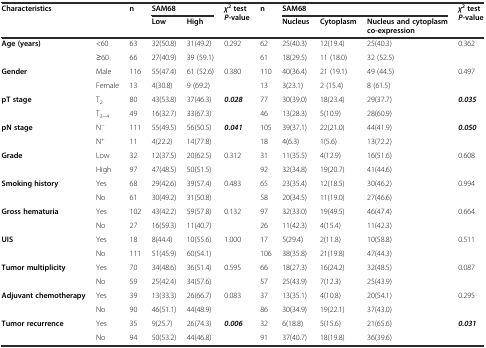
<table><thead><tr><td rowspan="2" colspan="2"><b>Characteristics</b></td><td rowspan="2"><b>n</b></td><td colspan="2"><b>SAM68</b></td><td rowspan="2"><b><i>χ</i><sup>2</sup>test<i>P</i>-value</b></td><td rowspan="2"><b>n</b></td><td colspan="3"><b>SAM68</b></td><td rowspan="2"><b><i>χ</i><sup>2</sup>test<i>P</i>-value</b></td></tr><tr><td><b>Low</b></td><td><b>High</b></td><td><b>Nucleus</b></td><td><b>Cytoplasm</b></td><td><b>Nucleus and cytoplasm co-expression</b></td></tr></thead><tbody><tr><td rowspan="2"><b>Age (years)</b></td><td>&lt;60</td><td>63</td><td>32(50.8)</td><td>31(49.2)</td><td rowspan="2">0.292</td><td>62</td><td>25(40.3)</td><td>12(19.4)</td><td>25(40.3)</td><td rowspan="2">0.362</td></tr><tr><td>≥60</td><td>66</td><td>27(40.9)</td><td>39 (59.1)</td><td>61</td><td>18(29.5)</td><td>11 (18.0)</td><td>32 (52.5)</td></tr><tr><td rowspan="2"><b>Gender</b></td><td>Male</td><td>116</td><td>55(47.4)</td><td>61 (52.6)</td><td rowspan="2">0.380</td><td>110</td><td>40(36.4)</td><td>21 (19.1)</td><td>49 (44.5)</td><td rowspan="2">0.497</td></tr><tr><td>Female</td><td>13</td><td>4(30.8)</td><td>9 (69.2)</td><td>13</td><td>3(23.1)</td><td>2 (15.4)</td><td>8 (61.5)</td></tr><tr><td rowspan="2"><b>pT stage</b></td><td>T<sub>2</sub></td><td>80</td><td>43(53.8)</td><td>37(46.3)</td><td rowspan="2"><b><i>0.028</i></b></td><td>77</td><td>30(39.0)</td><td>18(23.4)</td><td>29(37.7)</td><td rowspan="2"><b><i>0.035</i></b></td></tr><tr><td>T<sub>3~4</sub></td><td>49</td><td>16(32.7)</td><td>33(67.3)</td><td>46</td><td>13(28.3)</td><td>5(10.9)</td><td>28(60.9)</td></tr><tr><td rowspan="2"><b>pN stage</b></td><td>N<sup>−</sup></td><td>111</td><td>55(49.5)</td><td>56(50.5)</td><td rowspan="2"><b><i>0.041</i></b></td><td>105</td><td>39(37.1)</td><td>22(21.0)</td><td>44(41.9)</td><td rowspan="2"><b><i>0.050</i></b></td></tr><tr><td>N<sup>+</sup></td><td>11</td><td>4(22.2)</td><td>14(77.8)</td><td>18</td><td>4(6.3)</td><td>1(5.6)</td><td>13(72.2)</td></tr><tr><td rowspan="2"><b>Grade</b></td><td>Low</td><td>32</td><td>12(37.5)</td><td>20(62.5)</td><td rowspan="2">0.312</td><td>31</td><td>11(35.5)</td><td>4(12.9)</td><td>16(51.6)</td><td rowspan="2">0.608</td></tr><tr><td>High</td><td>97</td><td>47(48.5)</td><td>50(51.5)</td><td>92</td><td>32(34.8)</td><td>19(20.7)</td><td>41(44.6)</td></tr><tr><td rowspan="2"><b>Smoking history</b></td><td>Yes</td><td>68</td><td>29(42.6)</td><td>39(57.4)</td><td rowspan="2">0.483</td><td>65</td><td>23(35.4)</td><td>12(18.5)</td><td>30(46.2)</td><td rowspan="2">0.994</td></tr><tr><td>No</td><td>61</td><td>30(49.2)</td><td>31(50.8)</td><td>58</td><td>20(34.5)</td><td>11(19.0)</td><td>27(46.6)</td></tr><tr><td rowspan="2"><b>Gross hematuria</b></td><td>Yes</td><td>102</td><td>43(42.2)</td><td>59(57.8)</td><td rowspan="2">0.132</td><td>97</td><td>32(33.0)</td><td>19(49.5)</td><td>46(47.4)</td><td rowspan="2">0.664</td></tr><tr><td>No</td><td>27</td><td>16(59.3)</td><td>11(40.7)</td><td>26</td><td>11(42.3)</td><td>4(15.4)</td><td>11(42.3)</td></tr><tr><td rowspan="2"><b>UIS</b></td><td>Yes</td><td>18</td><td>8(44.4)</td><td>10(55.6)</td><td rowspan="2">1.000</td><td>17</td><td>5(29.4)</td><td>2(11.8)</td><td>10(58.8)</td><td rowspan="2">0.511</td></tr><tr><td>No</td><td>111</td><td>51(45.9)</td><td>60(54.1)</td><td>106</td><td>38(35.8)</td><td>21(19.8)</td><td>47(44.3)</td></tr><tr><td rowspan="2"><b>Tumor multiplicity</b></td><td>Yes</td><td>70</td><td>34(48.6)</td><td>36(51.4)</td><td rowspan="2">0.595</td><td>66</td><td>18(27.3)</td><td>16(24.2)</td><td>32(48.5)</td><td rowspan="2">0.087</td></tr><tr><td>No</td><td>59</td><td>25(42.4)</td><td>34(57.6)</td><td>57</td><td>25(43.9)</td><td>7(12.3)</td><td>25(43.9)</td></tr><tr><td rowspan="2"><b>Adjuvant chemotherapy</b></td><td>Yes</td><td>39</td><td>13(33.3)</td><td>26(66.7)</td><td rowspan="2">0.083</td><td>37</td><td>13(35.1)</td><td>4(10.8)</td><td>20(54.1)</td><td rowspan="2">0.295</td></tr><tr><td>No</td><td>90</td><td>46(51.1)</td><td>44(48.9)</td><td>86</td><td>30(34.9)</td><td>19(22.1)</td><td>37(43.0)</td></tr><tr><td rowspan="2"><b>Tumor recurrence</b></td><td>Yes</td><td>35</td><td>9(25.7)</td><td>26(74.3)</td><td rowspan="2"><b><i>0.006</i></b></td><td>32</td><td>6(18.8)</td><td>5(15.6)</td><td>21(65.6)</td><td rowspan="2"><b><i>0.031</i></b></td></tr><tr><td>No</td><td>94</td><td>50(53.2)</td><td>44(46.8)</td><td>91</td><td>37(40.7)</td><td>18(19.8)</td><td>36(39.6)</td></tr></tbody></table>